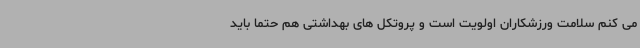
می کنم سلامت ورزشکاران اولویت است و پروتکل های بهداشتی هم حتما باید